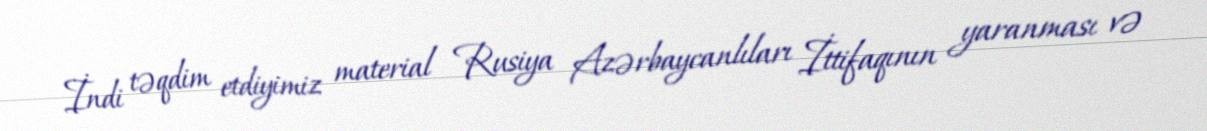
İndi təqdim etdiyimiz material Rusiya Azərbaycanlıları İttifaqının yaranması və